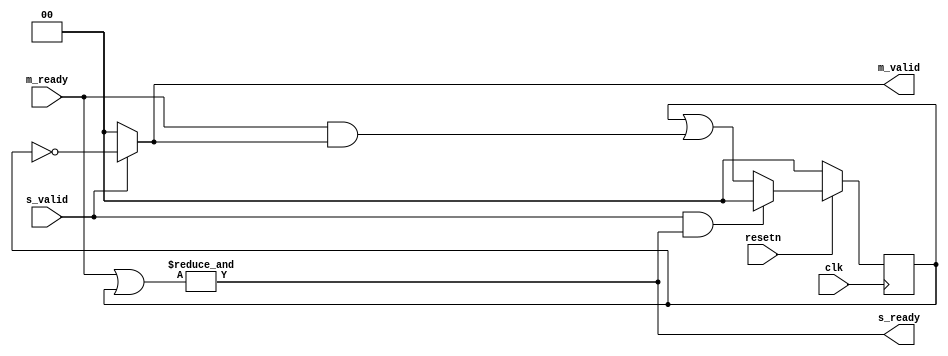
module splitter (
	input clk,
	input resetn,

	input s_valid,
	output s_ready,

	output [C_NUM_M-1:0] m_valid,
	input [C_NUM_M-1:0] m_ready
);

parameter C_NUM_M = 2;

reg [C_NUM_M-1:0] acked;

assign s_ready = &(m_ready | acked);
assign m_valid = s_valid ? ~acked : {C_NUM_M{1'b0}};

always @(posedge clk)
begin
	if (resetn == 1'b0) begin
		acked <= {C_NUM_M{1'b0}};
	end else begin
		if (s_valid & s_ready)
			acked <= {C_NUM_M{1'b0}};
		else
			acked <= acked | (m_ready & m_valid);
	end
end

endmodule